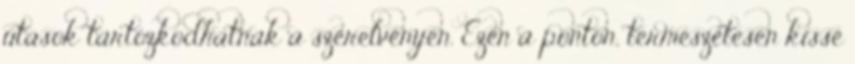
utasok tartózkodhatnak a szerelvényen. Ezen a ponton, természetesen kissé